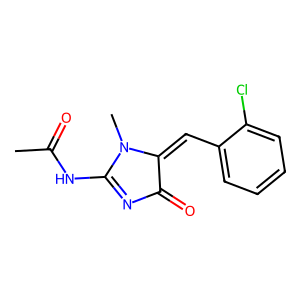
SMILES: CC(=O)NC1=NC(=O)C(=Cc2ccccc2Cl)N1C
Inhibits HIV replication: No